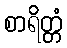
စာရိတ္တံ